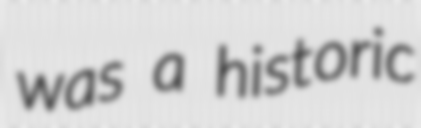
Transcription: was a historic